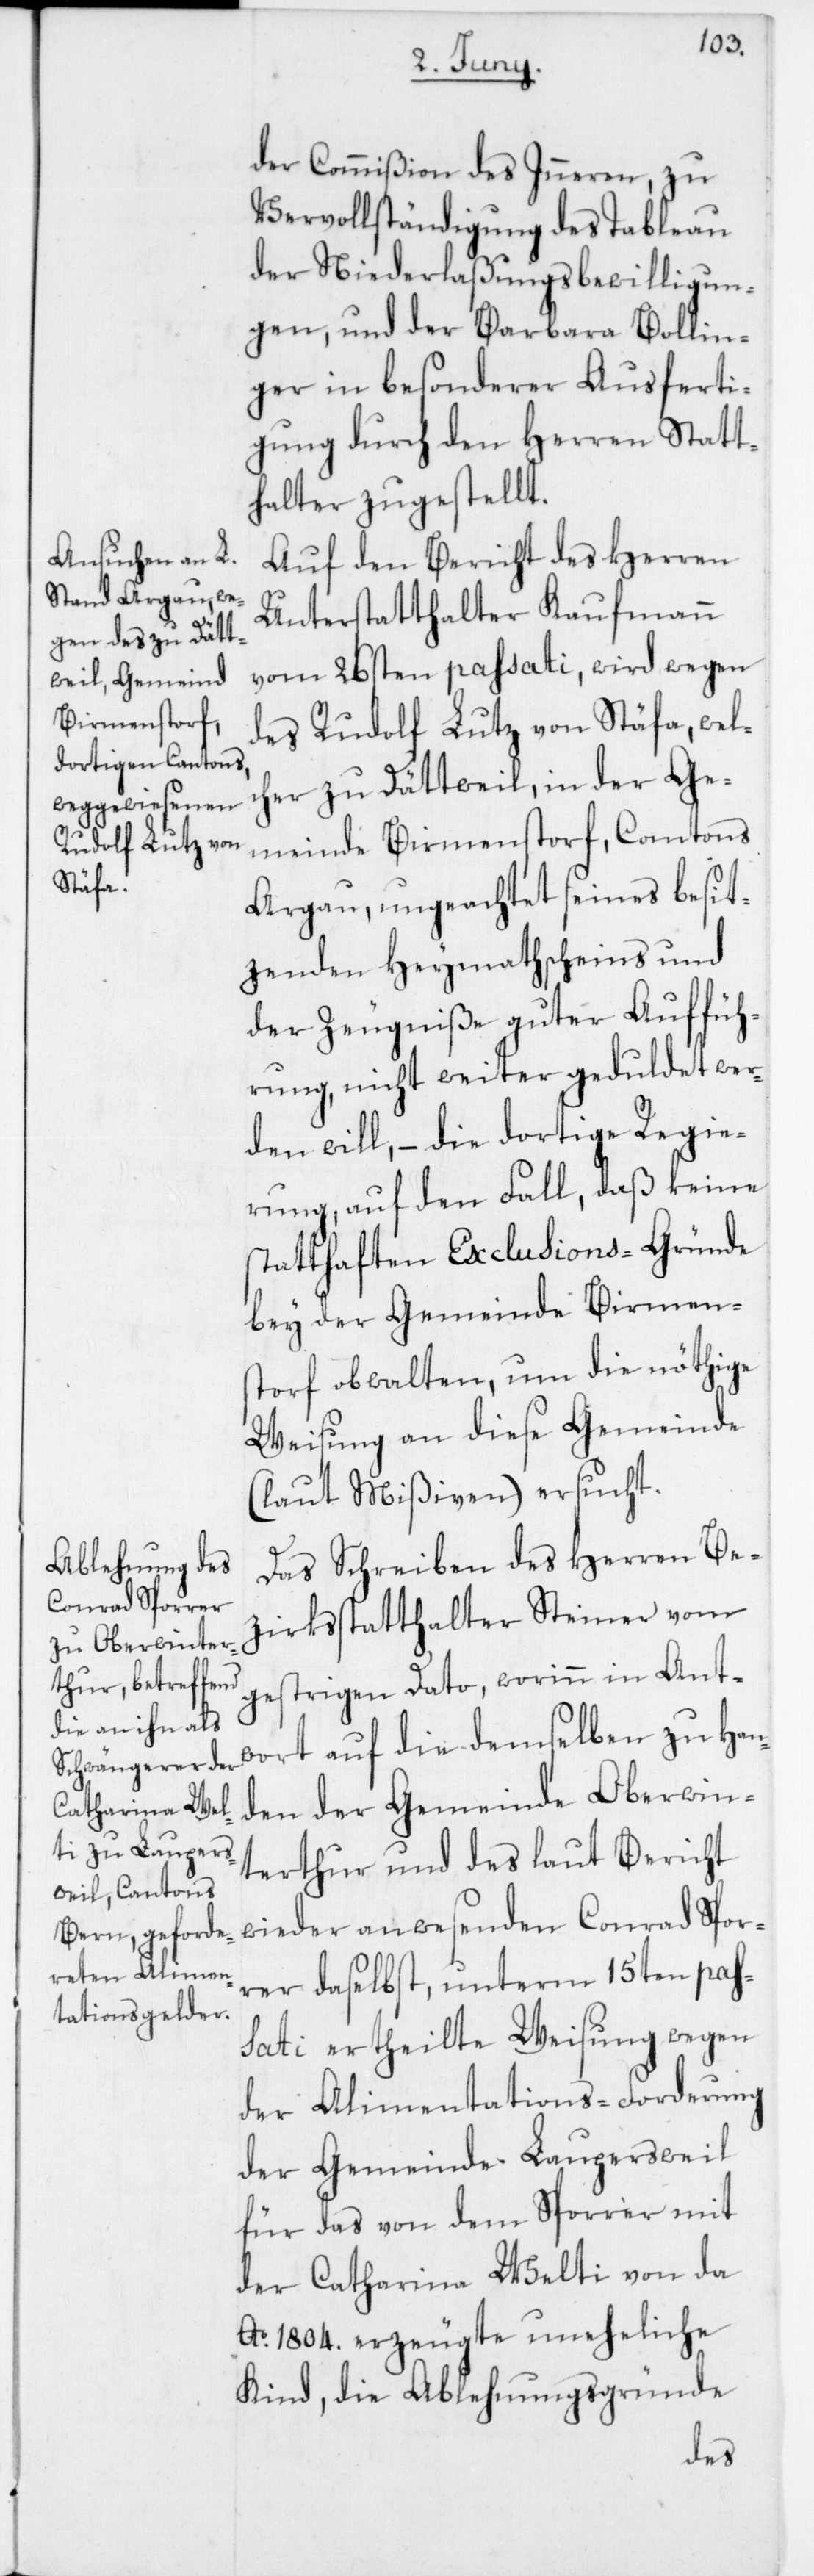
der Commißion des Inneren, zu
Vervollständigung des Tableau
der Niederlaßungsbewilligun¬
gen und der Barbara Bollin¬
ger in besonderer Ausferti¬
gung durch den Herren Statt¬
halter zugestellt.
Auf den Bericht des Herren
Unterstatthalter Kaufmann
vom 26sten passati, wird wegen
des Rudolf Lutz von Stäfa, welc¬
her zu Dättweil in der Ge¬
meinde Birmenstorf, Cantons
Argau, ungeachtet seines besit¬
zenden Heymathscheins und
der Zeugniße guter Auffüh¬
rung, nicht weiter geduldet wer¬
den will, – die dortige Regie¬
rung auf den Fall, daß keine
statthaften Exclusions-Gründe
bey der Gemeinde Birmens¬
torf obwalten, um die nöthige
Weisung an diese Gemeinde
(laut Mißiven) ersucht.
Das Schreiben des Herren Be¬
zirksstatthalter Steiner vom
gestrigen Dato, worinn in Ant¬
wort auf die demselben zu Han¬
den der Gemeinde Oberwin¬
terthur und des laut Bericht
wieder anwesenden Conrad Spor¬
rer daselbst, unterm 15ten pas¬
sati ertheilte Weisung wegen
der Alimentations-Forderung
der Gemeinde Laupersweil
für das von dem Sporrer mit
der Catharina Welti von da
Ao 1804 erzeugte uneheliche
Kind, die Ablehnungsgründe